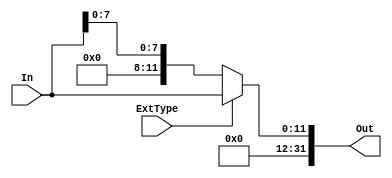
module SignExtender (In, Out, ExtType);
	
	input [11:0] In;
	input ExtType;
	output [31:0] Out;
	
	wire [31:0] Ext12;
	wire [31:0] Ext8;
	
	assign Ext12 = {{20{1'b0}},In[11:0]};
	assign Ext8 =  {{24{1'b0}},In[7:0]};
	assign Out = (ExtType==1'b1) ? Ext12 : Ext8;  

endmodule